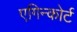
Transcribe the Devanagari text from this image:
एगिन्कोर्ट